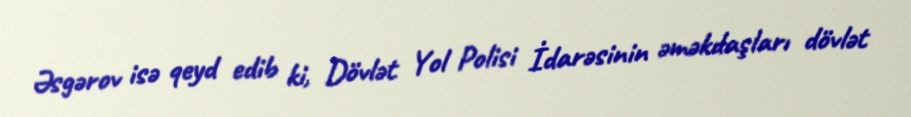
Əsgərov isə qeyd edib ki, Dövlət Yol Polisi İdarəsinin əməkdaşları dövlət